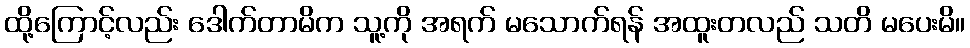
ထို့ကြောင့်လည်း ဒေါက်တာမိက သူ့ကို အရက် မသောက်ရန် အထူးတလည် သတိ မပေးမိ။